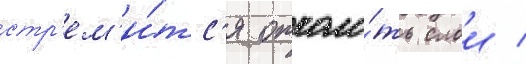
стр'ем'и́тс'я отколо́ть слои /